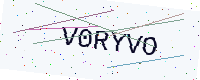
Text: V0RYVO